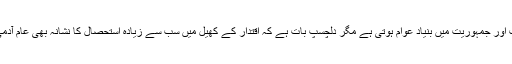
اگرچہ سیاست اور جمہوریت میں بنیاد عوام ہوتی ہے مگر دلچسپ بات ہے کہ اقتدار کے کھیل میں سب سے زیادہ استحصال کا نشانہ بھی عام آدمی ہی بنتا ہے۔